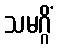
သမဂ္ဂိံ